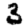
Digit: 3